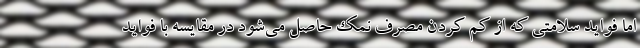
اما فواید سلامتی که از کم کردن مصرف نمک حاصل می‌شود در مقایسه با فواید